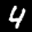
Label: 4